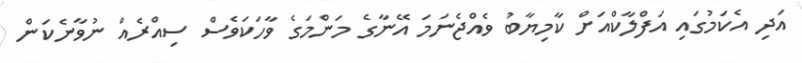
އަދި އެކަމުގައި އަފްލާކްއަށް ކާމިޔާބު ވެއްޖެނަމަ އޭނާގެ މަންމަގެ ވާހަކަވެސް ސިއްރެއް ނުވާނެކަން